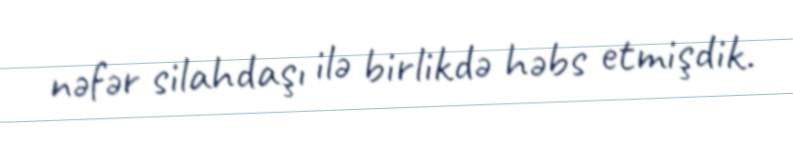
nəfər silahdaşı ilə birlikdə həbs etmişdik.